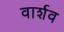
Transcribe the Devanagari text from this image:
वार्शव